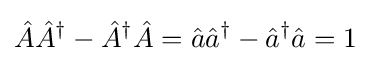
{\hat {A}}{\hat {A}}^{\dagger }-{\hat {A}}^{\dagger }{\hat {A}}={\hat {a}}{\hat {a}}^{\dagger }-{\hat {a}}^{\dagger }{\hat {a}}=1